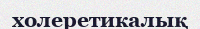
холеретикалық